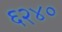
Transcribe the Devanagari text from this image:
६२४०